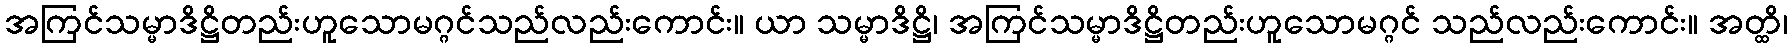
အကြင်သမ္မာဒိဋ္ဌိတည်းဟူသောမဂ္ဂင်သည်လည်းကောင်း။ ယာ သမ္မာဒိဋ္ဌိ၊ အကြင်သမ္မာဒိဋ္ဌိတည်းဟူသောမဂ္ဂင် သည်လည်းကောင်း။ အတ္ထိ၊